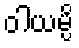
ဝါယမ္ပိ